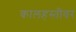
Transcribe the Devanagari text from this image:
कालहस्तीवर